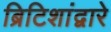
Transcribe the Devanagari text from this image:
ब्रिटिशांद्वारे